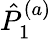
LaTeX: {\hat{P}}_{1}^{(a)}